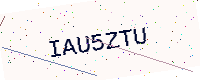
Text: IAU5ZTU